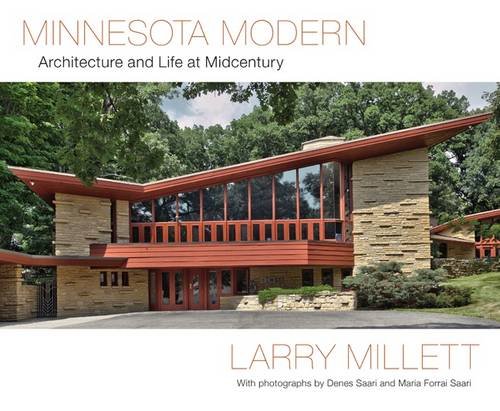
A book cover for Minnesota Modern: Architecture and Life at Midcentury; Larry Millett; Arts & Photography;